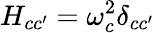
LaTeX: H_{cc^{\prime}}=\omega_{c}^{2}\delta_{cc^{\prime}}